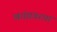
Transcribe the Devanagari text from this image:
खांद्यावरचा